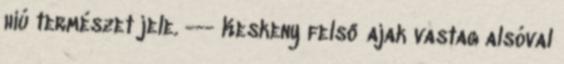
hiú természet jele. --- Keskeny felső ajak vastag alsóval